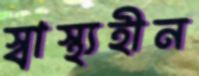
স্বাস্থ্যহীন